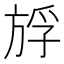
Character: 𰕪